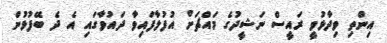
އިންތި ވިދާޅުވީ ރައީސް ނަޝީދުގެ މައްޗަށް އުފުލާފައިވާ ދައުވާގައި އެ ދެ ބޭފުޅުން